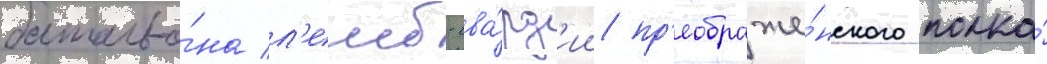
батальо́на л'еиб-гва́рд'ии пр'еображе́нского полка́